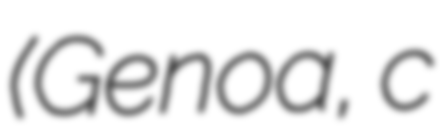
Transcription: (Genoa, c